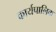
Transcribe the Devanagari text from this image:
कार्यपालिक